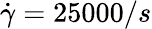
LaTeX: \dot{\gamma}=25000/s